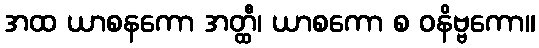
အထ ယာစနကော အတ္ထီ၊ ယာစကော စ ဝနိဗ္ဗကော။